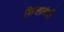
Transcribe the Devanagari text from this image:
क़िलाबंदी